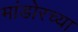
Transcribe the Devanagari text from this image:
मांडोरच्या